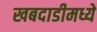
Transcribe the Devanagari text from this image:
खबदाडीमध्ये